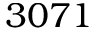
3 0 7 1